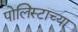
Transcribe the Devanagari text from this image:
पोलिस्टाच्या